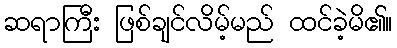
ဆရာကြီး ဖြစ်ချင်လိမ့်မည် ထင်ခဲ့မိ၏။